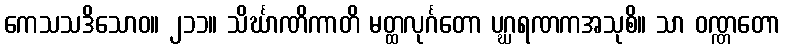
ကေသသဒိသောဝ။ ၂၁၁။ သိင်္ဃာဏိကာတိ မတ္ထလုင်္ဂတော ပဂ္ဃရဏကအသုစိ။ သာ ဝဏ္ဏတော